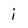
Character: i